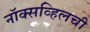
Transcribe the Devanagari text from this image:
नॉक्सव्हिलची